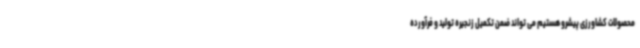
محصولات کشاورزی پیشرو هستیم می تواند ضمن تکمیل زنجیره تولید و فرآورده